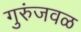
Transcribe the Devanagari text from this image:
गुरुंजवळ